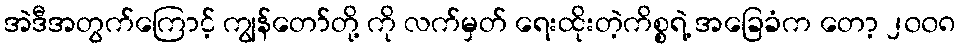
အဲဒီအတွက်ကြောင့် ကျွန်တော်တို့ ကို လက်မှတ် ရေးထိုးတဲ့ကိစ္စရဲ့ အခြေခံက တော့ ၂၀၀၈